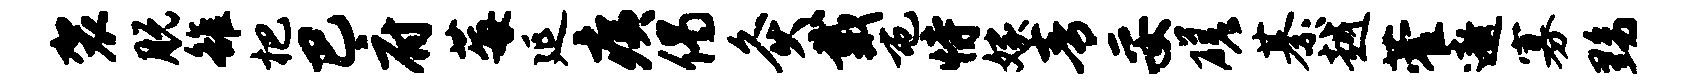
袈脱雒杷巴府莓延痍偈灸戴屯恃嫁青妥磋綦越藿遨寡黝